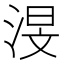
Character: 渂